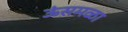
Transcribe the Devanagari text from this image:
ऊंसमळा